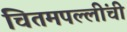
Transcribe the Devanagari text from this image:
चितमपल्लींची